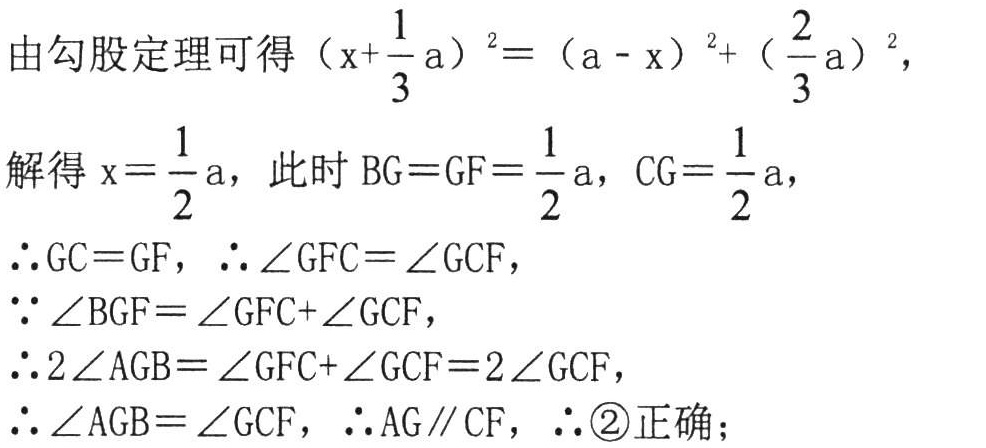
由勾股定理可得\((x + \frac{1}{3}a)^2 = (a - x)^2 + (\frac{2}{3}a)^2\)，

解得\(x = \frac{1}{2}a\)，此时\(BG = GF = \frac{1}{2}a\)，\(CG = \frac{1}{2}a\)，

\(\therefore GC = GF\)，\(\therefore \angle GFC = \angle GCF\)，

\(\because \angle BGF = \angle GFC + \angle GCF\)，

\(\therefore 2\angle AGB = \angle GFC + \angle GCF = 2\angle GCF\)，

\(\therefore \angle AGB = \angle GCF\)，\(\therefore AG\parallel CF\)，\(\therefore\)\textcircled{2}正确；